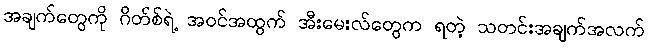
အချက်တွေကို ဂိတ်စ်ရဲ့ အဝင်အထွက် အီးမေးလ်တွေက ရတဲ့ သတင်းအချက်အလက်